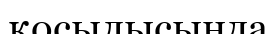
қосылысында